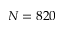
N = 8 2 0